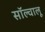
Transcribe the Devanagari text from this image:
सॉल्वालू